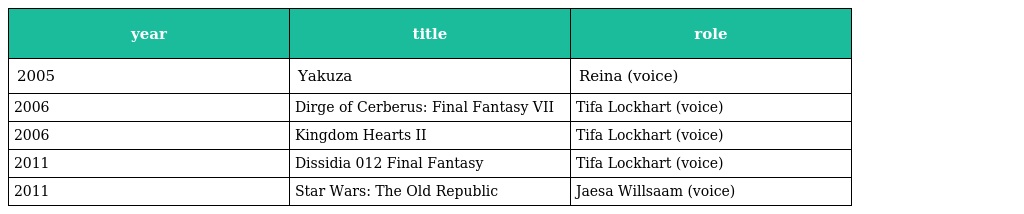
| year | title | role |
 | --- | --- | --- |
 | 2005 | Yakuza | Reina (voice) |
 | 2006 | Dirge of Cerberus: Final Fantasy VII | Tifa Lockhart (voice) |
 | 2006 | Kingdom Hearts II | Tifa Lockhart (voice) |
 | 2011 | Dissidia 012 Final Fantasy | Tifa Lockhart (voice) |
 | 2011 | Star Wars: The Old Republic | Jaesa Willsaam (voice) |